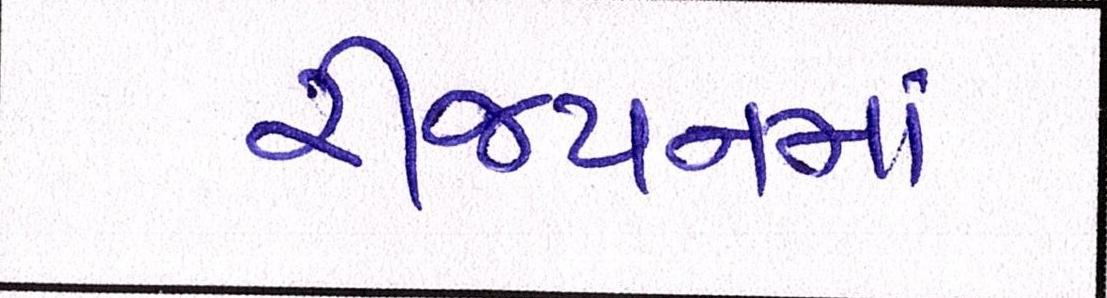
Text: રીજયનમાં